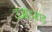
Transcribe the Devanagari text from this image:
उजाड़खंड